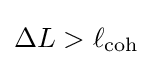
\Delta L>\ell _{\text{coh}}